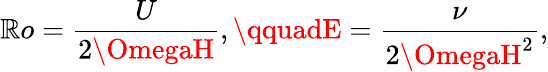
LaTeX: \mathbb{R}o=\frac{{U}}{{2\OmegaH}},\qquadE=\frac{{\nu}}{{2\OmegaH^{2}}},